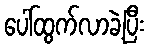
ပေါ်ထွက်လာခဲ့ပြီး